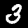
Digit: 3